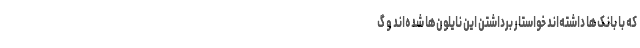
که با بانک‌ها داشته‌اند خواستار برداشتن این نایلون‌ها شده‌اند و گ